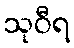
သုဝီရ